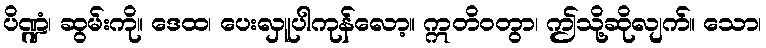
ပိဏ္ဍံ၊ ဆွမ်းကို။ ဒေထ၊ ပေးလှူပါကုန်လော့။ ဣတိဝတွာ၊ ဤသို့ဆိုလျက်။ သော၊